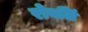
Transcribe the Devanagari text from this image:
रोवलिं